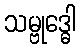
သမ္ဗုဒ္ဓေါ